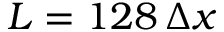
L = 1 2 8 \, \Delta x